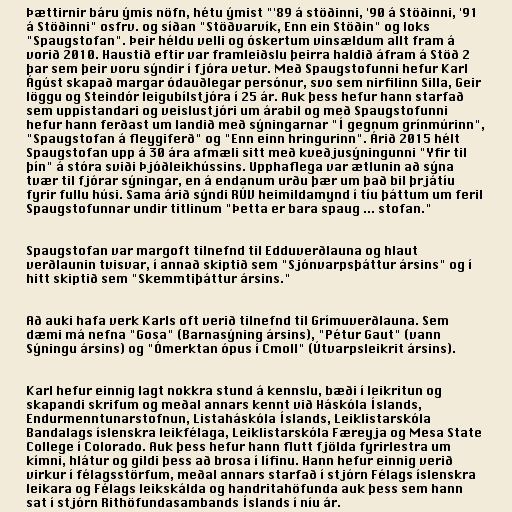
Þættirnir báru ýmis nöfn, hétu ýmist "'89 á stöðinni, '90 á Stöðinni, '91
á Stöðinni" osfrv. og síðan "Stöðvarvík, Enn ein Stöðin" og loks
"Spaugstofan". Þeir héldu velli og óskertum vinsældum allt fram á
vorið 2010. Haustið eftir var framleiðslu þeirra haldið áfram á Stöð 2
þar sem þeir voru sýndir í fjóra vetur. Með Spaugstofunni hefur Karl
Ágúst skapað margar ódauðlegar persónur, svo sem nirfilinn Silla, Geir
löggu og Steindór leigubílstjóra í 25 ár. Auk þess hefur hann starfað
sem uppistandari og veislustjóri um árabil og með Spaugstofunni
hefur hann ferðast um landið með sýningarnar "Í gegnum grínmúrinn",
"Spaugstofan á fleygiferð" og "Enn einn hringurinn". Árið 2015 hélt
Spaugstofan upp á 30 ára afmæli sitt með kveðjusýningunni "Yfir til
þín" á stóra sviði Þjóðleikhússins. Upphaflega var ætlunin að sýna
tvær til fjórar sýningar, en á endanum urðu þær um það bil þrjátíu
fyrir fullu húsi. Sama árið sýndi RÚV heimildamynd í tíu þáttum um feril
Spaugstofunnar undir titlinum "Þetta er bara spaug ... stofan."

Spaugstofan var margoft tilnefnd til Edduverðlauna og hlaut
verðlaunin tvisvar, í annað skiptið sem "Sjónvarpsþáttur ársins" og í
hitt skiptið sem "Skemmtiþáttur ársins."

Að auki hafa verk Karls oft verið tilnefnd til Grímuverðlauna. Sem
dæmi má nefna "Gosa" (Barnasýning ársins), "Pétur Gaut" (vann
Sýningu ársins) og "Ómerktan ópus í Cmoll" (Útvarpsleikrit ársins).

Karl hefur einnig lagt nokkra stund á kennslu, bæði í leikritun og
skapandi skrifum og meðal annars kennt við Háskóla Íslands,
Endurmenntunarstofnun, Listaháskóla Íslands, Leiklistarskóla
Bandalags íslenskra leikfélaga, Leiklistarskóla Færeyja og Mesa State
College í Colorado. Auk þess hefur hann flutt fjölda fyrirlestra um
kímni, hlátur og gildi þess að brosa í lífinu. Hann hefur einnig verið
virkur í félagsstörfum, meðal annars starfað í stjórn Félags íslenskra
leikara og Félags leikskálda og handritahöfunda auk þess sem hann
sat í stjórn Rithöfundasambands Íslands í níu ár.